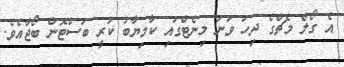
އެ ގޯލް މެޗްގެ ދިހަ ވަނަ މިނެޓްގައި ކާމިޔާބު ކުރީ ބަސްޓޮން ބޯޖާއެވެ.